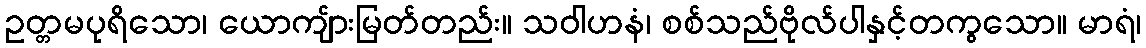
ဥတ္တမပုရိသော၊ ယောကျ်ားမြတ်တည်း။ သဝါဟနံ၊ စစ်သည်ဗိုလ်ပါနှင့်တကွသော။ မာရံ၊